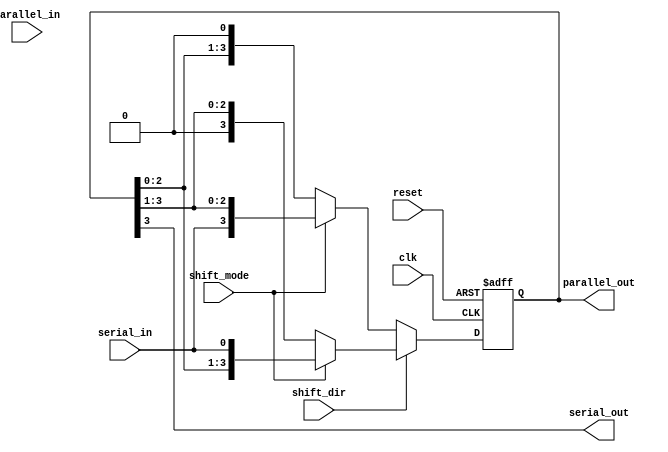
module shift_register (
    input wire clk,
    input wire reset,
    input wire shift_dir, // 0 for left shift, 1 for right shift
    input wire shift_mode, // 0 for parallel mode, 1 for serial mode
    input wire serial_in,
    input wire [3:0] parallel_in,
    output reg [3:0] parallel_out,
    output reg serial_out
);

reg [3:0] reg_data;

always @(posedge clk or posedge reset) begin
    if (reset) begin
        reg_data <= 4'b0000;
    end else begin
        if (shift_dir) begin // right shift
            if (shift_mode) begin // serial mode
                reg_data <= {reg_data[3:0], serial_in};
            end else begin // parallel mode
                reg_data <= {1'b0, reg_data[3:1]};
            end
        end else begin // left shift
            if (shift_mode) begin // serial mode
                reg_data <= {serial_in, reg_data[3:1]};
            end else begin // parallel mode
                reg_data <= {reg_data[2:0], 1'b0};
            end
        end
    end
end

assign parallel_out = reg_data;
assign serial_out = reg_data[3];

endmodule